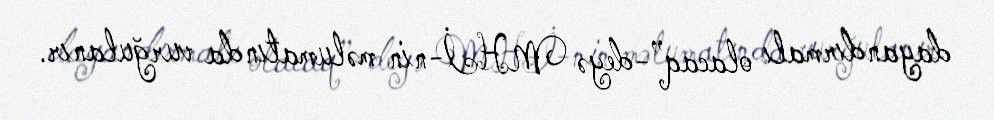
dayandırmalı olacaq”-deyə MHİ-nin məlumatında vurğulanır.